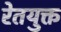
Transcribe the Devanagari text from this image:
रेतयुक्त